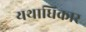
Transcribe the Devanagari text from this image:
यथाधिकार